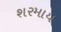
શરમાય